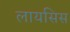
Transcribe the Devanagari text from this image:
लायसिस